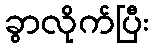
ခွာလိုက်ပြီး